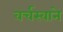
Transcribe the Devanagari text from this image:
वर्चस्वाने